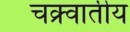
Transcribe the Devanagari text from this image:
चक्र्वातीय